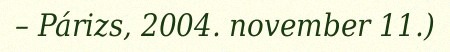
– Párizs, 2004. november 11.)